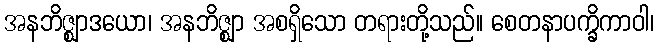
အနဘိဇ္ဈာဒယော၊ အနဘိဇ္ဈာ အစရှိသော တရားတို့သည်။ စေတနာပက္ခိကာဝါ၊